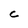
Character: c